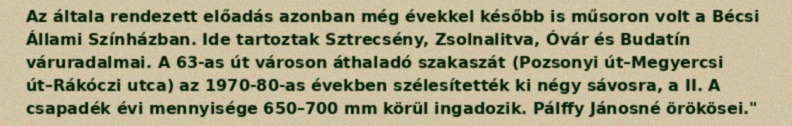
Az általa rendezett előadás azonban még évekkel később is műsoron volt a Bécsi Állami Színházban. Ide tartoztak Sztrecsény, Zsolnalitva, Óvár és Budatín váruradalmai. A 63-as út városon áthaladó szakaszát (Pozsonyi út–Megyercsi út–Rákóczi utca) az 1970-80-as években szélesítették ki négy sávosra, a II. A csapadék évi mennyisége 650–700 mm körül ingadozik. Pálffy Jánosné örökösei."